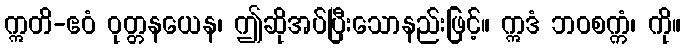
ဣတိ-ဧဝံ ဝုတ္တနယေန၊ ဤဆိုအပ်ပြီးသောနည်းဖြင့်။ ဣဒံ ဘဝစက္ကံ၊ ကို။